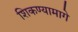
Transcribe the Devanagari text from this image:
शिकण्यामागे